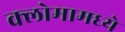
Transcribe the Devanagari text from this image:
क्लोमामध्ये